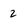
Character: 2